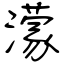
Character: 濛